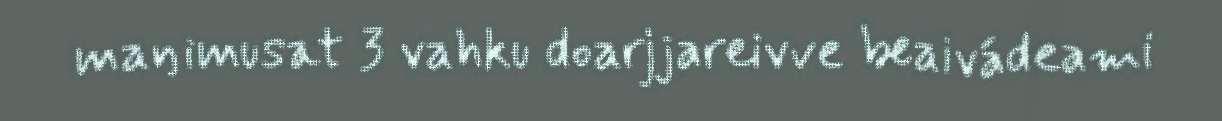
maŋimusat 3 vahku doarjjareivve beaivádeami